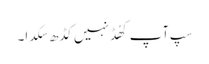
سپ آپ کھُڈ نہیں کڈھ سکدا۔